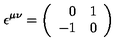
\epsilon ^ { \mu \nu } = \left( \begin{array} { r c } { 0 } & { 1 } \\ { - 1 } & { 0 } \\ \end{array} \right)